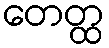
တေတ္ထ